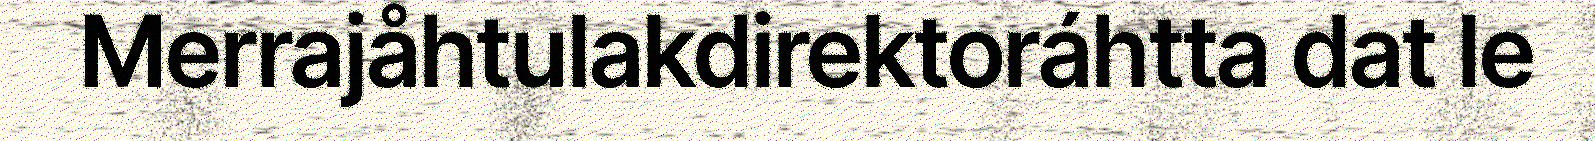
Merrajåhtulakdirektoráhtta dat le